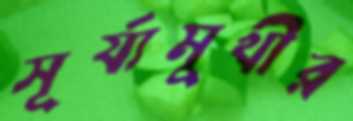
সূর্য্যমুখীর